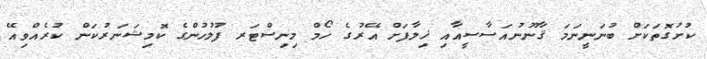
ކުށުގޮތަކަށް ބުނަނީނަމަ ޤާނޫނުއަސާސީއާއި ޚިލާފަށް އޭރުގެ ހޯމް މިނިސްޓަރ ފުލުހުންގެ ކޮމިޝަނަރުކަން ކުރެއްވިއޭ